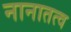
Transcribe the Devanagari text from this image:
नानातत्व